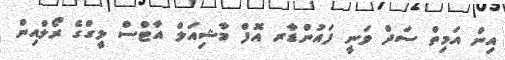
އިން އަމިތް ސަދް ވަނީ ފައުންޑާރ އޮފް މާޝިއަލް އާޓްސް ލީގްގެ ރޯލްއިން